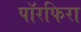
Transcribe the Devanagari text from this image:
पॉरफिरा